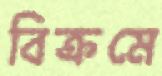
বিক্রমে